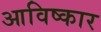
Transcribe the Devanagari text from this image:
आविष्‍कार